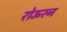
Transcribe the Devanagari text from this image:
रोऊरन